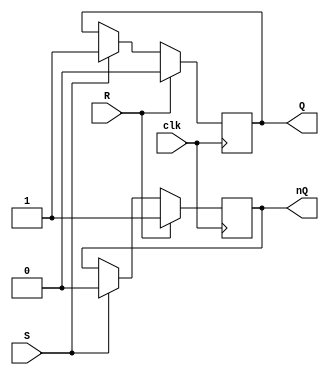
module sr_ff (input S, input R, input clk, output reg Q, output reg nQ);
    always @(posedge clk) begin
        if (R) begin
            Q <= 1'b0;
            nQ <= 1'b1;
        end else if (S) begin
            Q <= 1'b1;
            nQ <= 1'b0;
        end
    end
endmodule